Second report of the anti-malarial operations at Mian Mir, 1901-1903 - Number 9
Year: 1901
Disease focus: Malaria
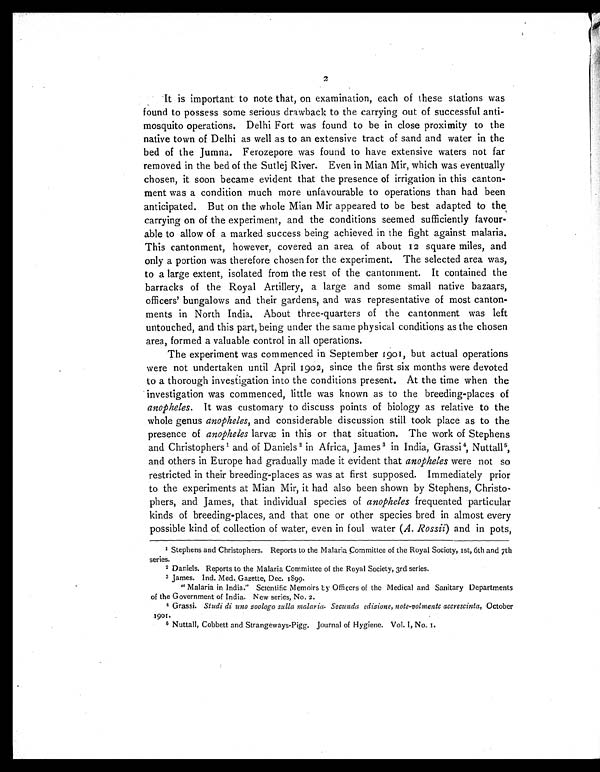
2
It is important to note that, on examination, each of these stations was
found to possess some serious drawback to the carrying out of successful anti-
mosquito operations. Delhi Fort was found to be in close proximity to the
native town of Delhi as well as to an extensive tract of sand and water in the
bed of the Jumna. Ferozepore was found to have extensive waters not far
removed in the bed of the Sutlej River. Even in Mian Mir, which was eventually
chosen, it soon became evident that the presence of irrigation in this canton-
ment was a condition much more unfavourable to operations than had been
anticipated. But on the whole Mian Mir appeared to be best adapted to the
carrying on of the experiment, and the conditions seemed sufficiently favour-
able to allow of a marked success being achieved in the fight against malaria.
This cantonment, however, covered an area of about 12 square miles, and
only a portion was therefore chosen for the experiment. The selected area was,
to a large extent, isolated from the rest of the cantonment. It contained the
barracks of the Royal Artillery, a large and some small native bazaars,
officers' bungalows and their gardens, and was representative of most canton-
ments in North India. About three-quarters of the cantonment was left
untouched, and this part, being under the same physical conditions as the chosen
area, formed a valuable control in all operations.
The experiment was commenced in September 1901, but actual operations
were not undertaken until April 1902, since the first six months were devoted
to a thorough investigation into the conditions present. At the time when the
investigation was commenced, little was known as to the breeding-places of
anopheles. It was customary to discuss points of biology as relative to the
whole genus anopheles, and considerable discussion still took place as to the
presence of anopheles larvæ in this or that situation. The work of Stephens
and Christophers 1 and of Daniels 2 in Africa, James3 in India, Grassi4, Nuttall5,
and others in Europe had gradually made it evident that anopheles were not so
restricted in their breeding-places as was at first supposed. Immediately prior
to the experiments at Mian Mir, it had also been shown by Stephens, Christo-
phers, and James, that individual species of anopheles frequented particular
kinds of breeding-places, and that one or other species bred in almost every
possible kind of collection of water, even in foul water (A. Rossii) and in pots,
1
Stephens and Christophers. Reports to the Malaria Committee of the Royal Society, 1st, 6th and 7th
series.
2 Daniels. Reports to the Malaria Committee of the Royal Society, 3rd series.
3 James. Ind. Med. Gazette, Dec. 1899.
" Malaria in India." Scientific Memoirs by Officers of the Medical and Sanitary Departments
of the Government of India. New series, No. 2.
4 Grassi. Studi di uno zoologo sulla malaria. Secunda edizione,note-volmente accrescinta, October
1901.
5 Nuttall, Cobbett and Strangeways-Pigg. Journal of Hygiene. Vol. 1, No. 1.